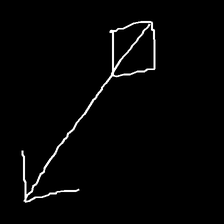
Glyph: focus